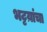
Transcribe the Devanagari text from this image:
भट्टय़ांचा